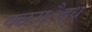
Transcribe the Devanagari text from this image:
क्ळम्ैद्ध